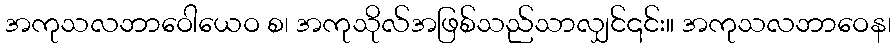
အကုသလဘာဝေါယေဝ စ၊ အကုသိုလ်အဖြစ်သည်သာလျှင်၎င်း။ အကုသလဘာဝေန၊